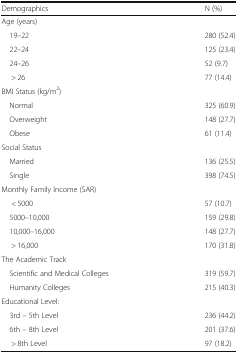
| Demographics | N (%) |
 | --- | --- |
 | <COLSPAN=2> Age (years) |
 | 19–22 | 280 (52.4) |
 | 22–24 | 125 (23.4) |
 | 24–26 | 52 (9.7) |
 | > 26 | 77 (14.4) |
 | <COLSPAN=2> BMI Status (kg/m2) |
 | Normal | 325 (60.9) |
 | Overweight | 148 (27.7) |
 | Obese | 61 (11.4) |
 | <COLSPAN=2> Social Status |
 | Married | 136 (25.5) |
 | Single | 398 (74.5) |
 | <COLSPAN=2> Monthly Family Income (SAR) |
 | < 5000 | 57 (10.7) |
 | 5000–10,000 | 159 (29.8) |
 | 10,000–16,000 | 148 (27.7) |
 | > 16,000 | 170 (31.8) |
 | <COLSPAN=2> The Academic Track |
 | Scientific and Medical Colleges | 319 (59.7) |
 | Humanity Colleges | 215 (40.3) |
 | <COLSPAN=2> Educational Level: |
 | 3rd – 5th Level | 236 (44.2) |
 | 6th – 8th Level | 201 (37.6) |
 | > 8th Level | 97 (18.2) |